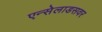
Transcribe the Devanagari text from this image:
एन्सेलाडसवर